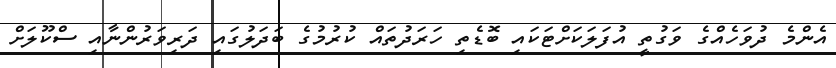
އެންމެ ދުވަހެއްގެ ވަގުތީ އުފަލަކަށްޓަކައި ބޮޑެތި ހަރަދުތައް ކުރުމުގެ ބަދަލުގައި ދަރިވަރުންނާއި ސްކޫލަށް